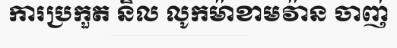
ការប្រកួត និល លូកម៉ាខាមវ៉ាន ចាញ់